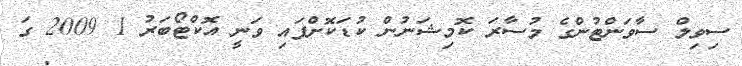
ސިވިލް ސާވަންޓުންގެ މުސާރަ ކޮމިޝަނުން ކުޑަކޮށްފައި ވަނީ އޮކްޓޯބަރު 1 2009 ގަ